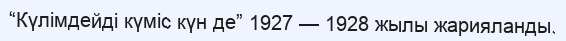
“Күлімдейді күміс күн де” 1927 — 1928 жылы жарияланды.